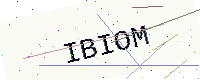
Text: IBIOM